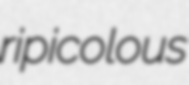
ripicolous